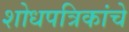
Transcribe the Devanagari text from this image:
शोधपत्रिकांचे